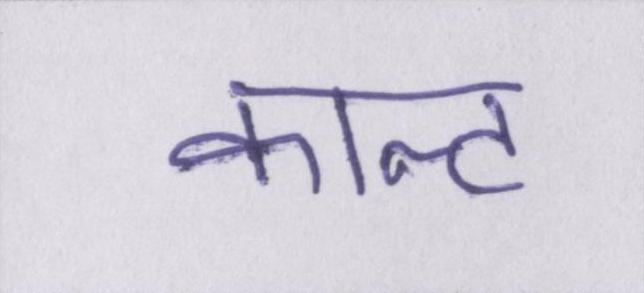
कान्ट